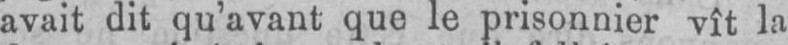
avait dit qu’avant que le prisonnier vît la